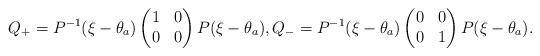
LaTeX: \begin{align*}Q_+=P^{-1}(\xi-\theta_a)\begin{pmatrix} 1 & 0 \\ 0 & 0 \end{pmatrix} P(\xi-\theta_a),Q_-=P^{-1}(\xi-\theta_a)\begin{pmatrix} 0 & 0 \\ 0 & 1 \end{pmatrix} P(\xi-\theta_a).\end{align*}